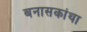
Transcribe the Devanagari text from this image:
बनासकांथा